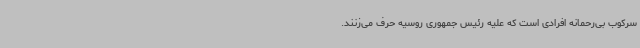
سرکوب بی‌رحمانه افرادی است که علیه رئیس جمهوری روسیه حرف می‌زنند.